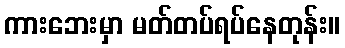
ကားဘေးမှာ မတ်တပ်ရပ်နေတုန်း။